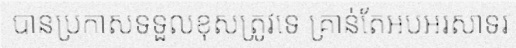
បានប្រកាសទទួលខុសត្រូវទេ គ្រាន់តែអបអរសាទរ